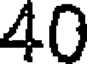
40